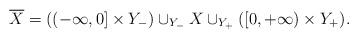
LaTeX: \begin{align*}\overline{X}= ((-\infty, 0] \times Y_-) \cup_{Y_-} X \cup_{Y_+} ([0, +\infty) \times Y_+).\end{align*}